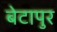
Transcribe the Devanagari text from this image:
बेटापुर